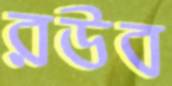
রউব